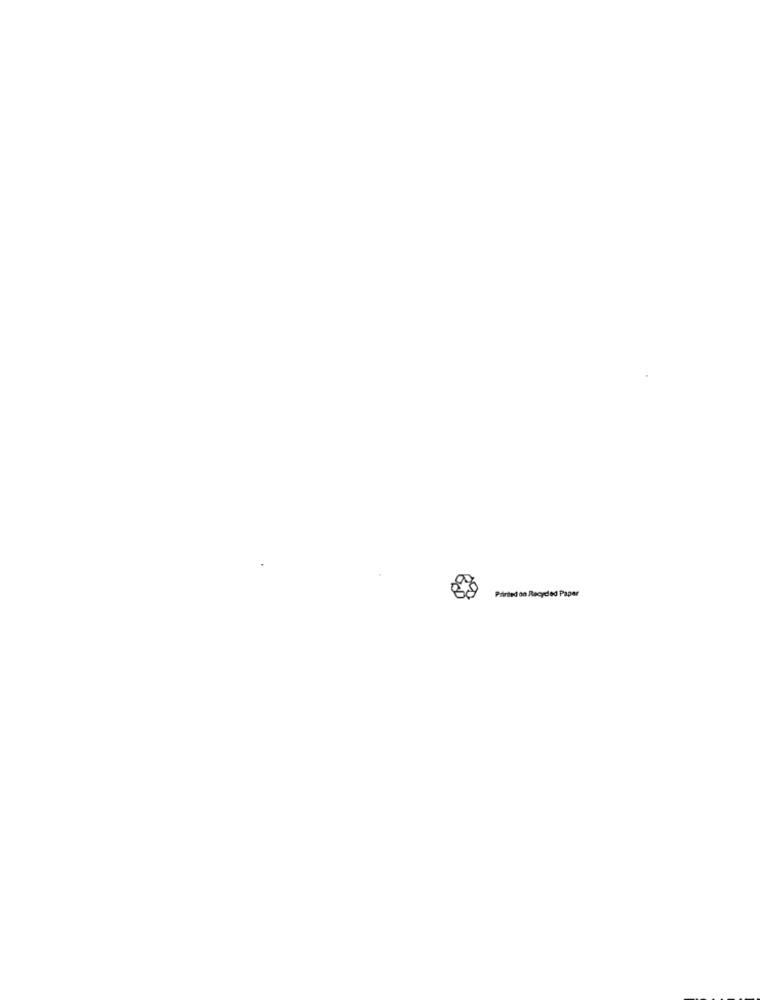
Printed on Recycled Paper